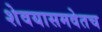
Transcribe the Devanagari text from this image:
शेवयासमवेतच